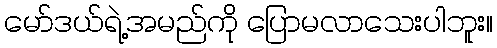
မော်ဒယ်ရဲ့အမည်ကို ပြောမလာသေးပါဘူး။